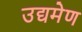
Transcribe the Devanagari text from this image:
उद्यमेण